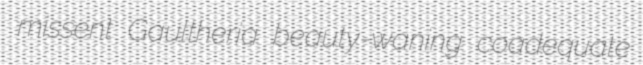
missent Gaultheria beauty-waning coadequate